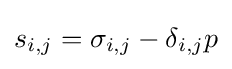
s_{i,j}={\sigma }_{i,j}-{\delta }_{i,j}p